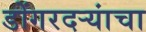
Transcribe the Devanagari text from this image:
डोंगरदर्‍यांचा